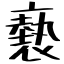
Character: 褻